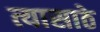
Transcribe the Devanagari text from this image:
त्यासाठे